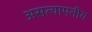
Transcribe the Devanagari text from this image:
असत्यापनीय